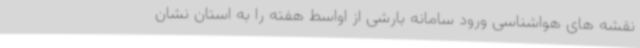
نقشه های هواشناسی ورود سامانه بارشی از اواسط هفته را به استان نشان